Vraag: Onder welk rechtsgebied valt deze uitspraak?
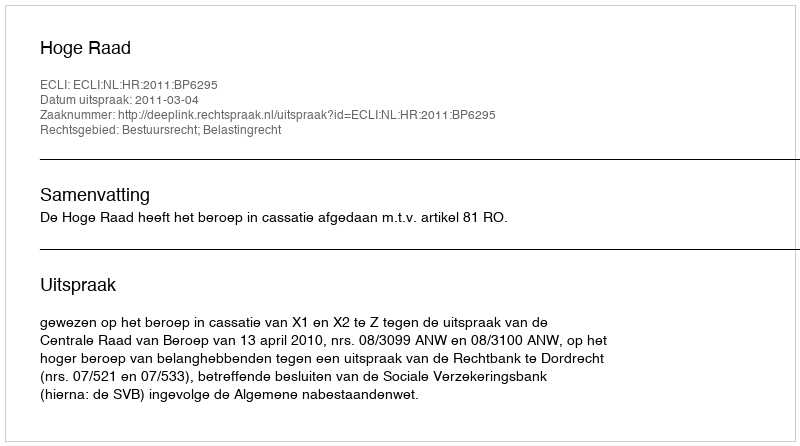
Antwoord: Bestuursrecht; Belastingrecht